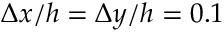
\Delta x / h = \Delta y / h = 0 . 1